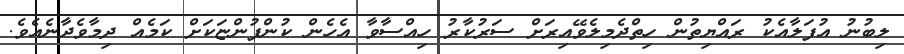
ލިބުނު އުފަލާއެކު ރައްޔިތުން ހިތްދެމިލެވޭއިރަށް ސަރުކާރު ހިއްސާވާ އެހެން ކުންފުންޏަކަށް ކަމެއް ދިމާވެދާނެއެވެ.